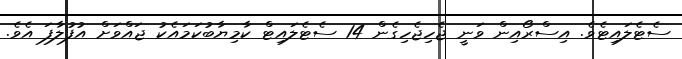
ސެޓެލައިޓެވެ. އިސްރޯއިން ވަނީ ޖެހިޖެހިގެން 14 ސެޓެލައިޓް ކާމިޔާބުކަމައެކު ޖައްވަށް އުފުލާފަ އެވެ.